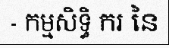
- កម្មសិទ្ធិ ករ នៃ